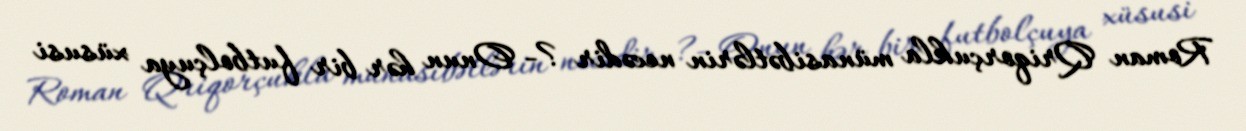
Roman Qriqorçukla münasibətlərin necədir ?- Onun hər bir futbolçuya xüsusi